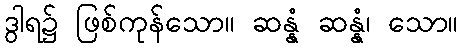
ဒွါရ၌ ဖြစ်ကုန်သော။ ဆန္နံ ဆန္နံ၊ သော။